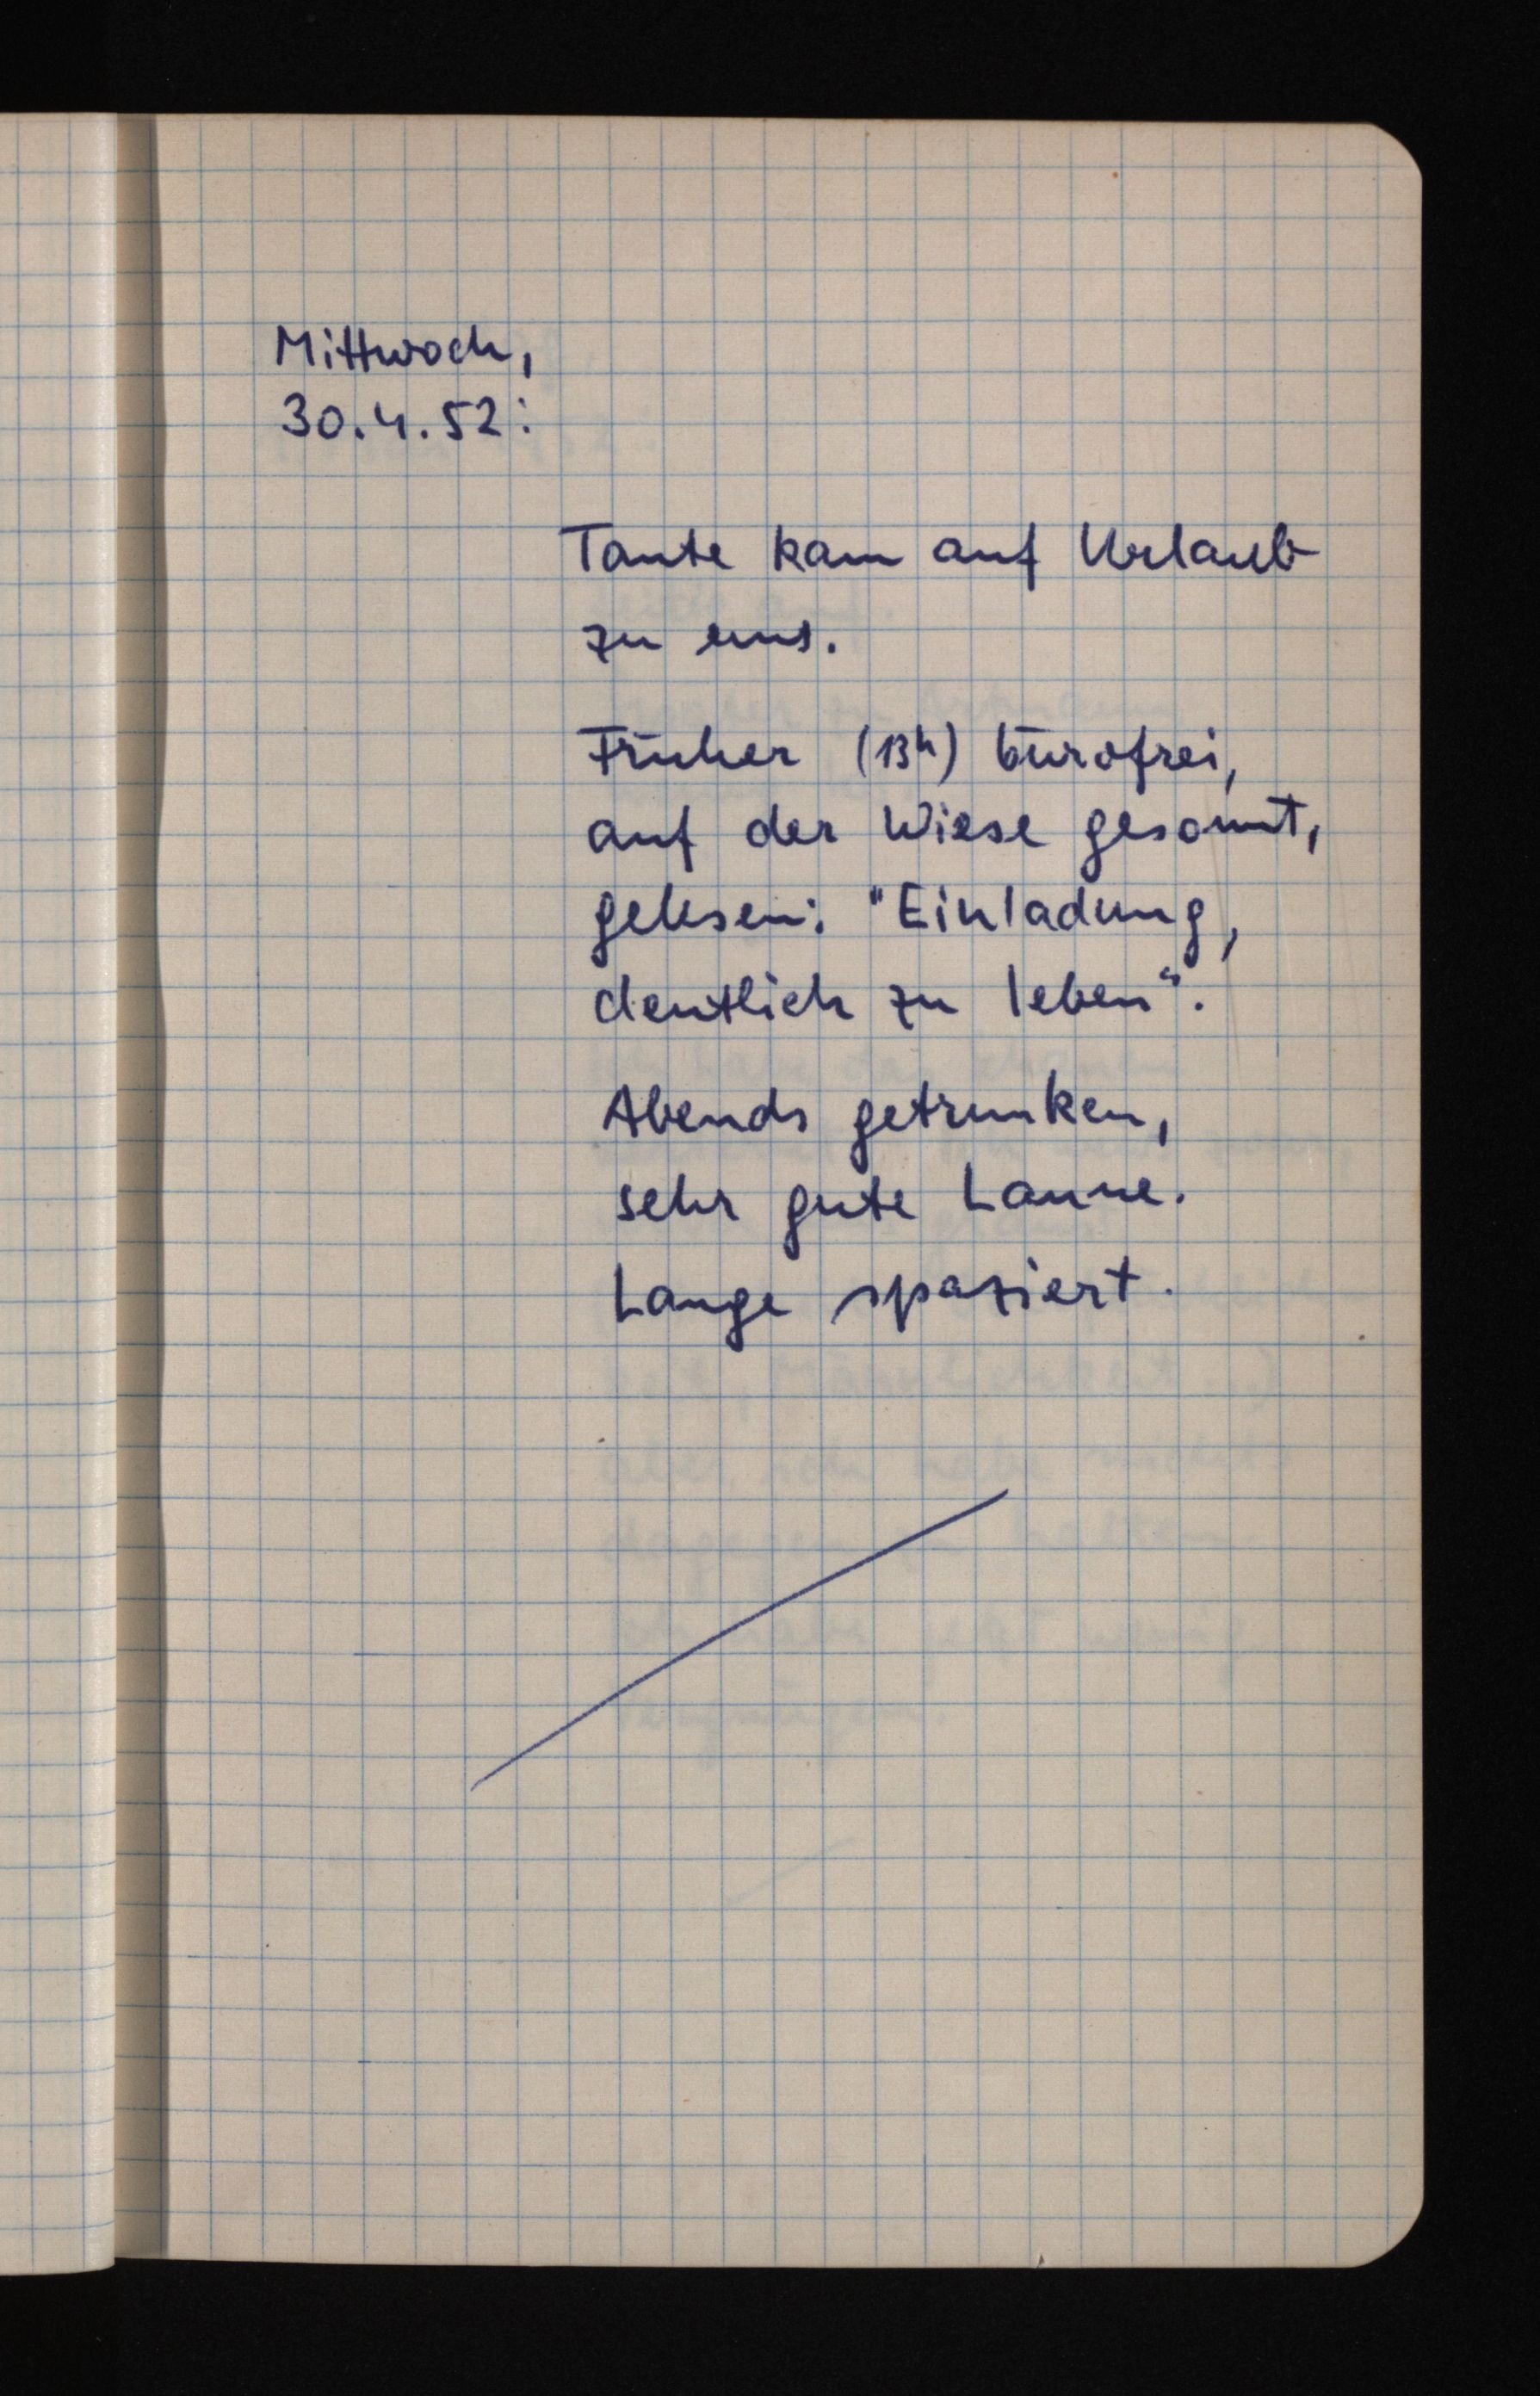
Mittwoch,
30.4.52:
Tante kam auf Urlaub
zu uns.
Früher (13h) bürofrei,
auf der Wiese gesonnt,
gelesen: "Einladung,
deutlich zu leben".
Abends getrunken,
sehr gute Laune.
Lange spaziert.